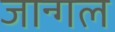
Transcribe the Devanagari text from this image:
जान्गल